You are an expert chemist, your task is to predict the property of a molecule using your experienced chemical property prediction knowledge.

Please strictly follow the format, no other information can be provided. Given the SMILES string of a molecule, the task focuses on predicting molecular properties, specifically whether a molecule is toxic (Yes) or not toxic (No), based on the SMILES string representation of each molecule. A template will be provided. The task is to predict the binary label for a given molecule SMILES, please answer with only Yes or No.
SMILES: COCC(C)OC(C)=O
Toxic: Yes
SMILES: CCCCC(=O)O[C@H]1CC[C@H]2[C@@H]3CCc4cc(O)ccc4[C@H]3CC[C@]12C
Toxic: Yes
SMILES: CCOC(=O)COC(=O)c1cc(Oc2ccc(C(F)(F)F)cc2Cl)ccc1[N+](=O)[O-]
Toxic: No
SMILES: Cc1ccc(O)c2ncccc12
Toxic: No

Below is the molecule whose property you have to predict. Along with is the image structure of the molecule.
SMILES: OC[C@@H](O)[C@H]1O[C@@H]2O[C@H](C(Cl)(Cl)Cl)O[C@@H]2[C@H]1O
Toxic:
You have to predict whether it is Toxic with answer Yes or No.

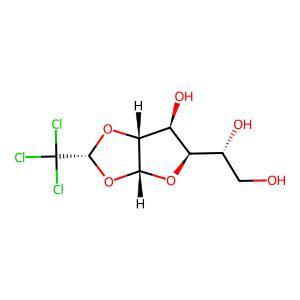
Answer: No